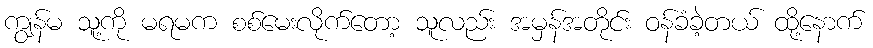
ကျွန်မ သူ့ကို မရမက စစ်မေးလိုက်တော့ သူလည်း အမှန်အတိုင်း ဝန်ခံခဲ့တယ် ထို့နောက်